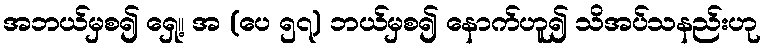
အဘယ်မှစ၍ ရှေ့။ အ (ပေ ၅၇) ဘယ်မှစ၍ နောက်ဟူ၍ သိအပ်သနည်းဟု